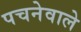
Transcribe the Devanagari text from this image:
पचनेवाले